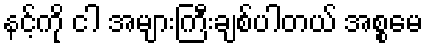
နင့်ကို ငါ အများကြီးချစ်ပါတယ် အစ္စမေ